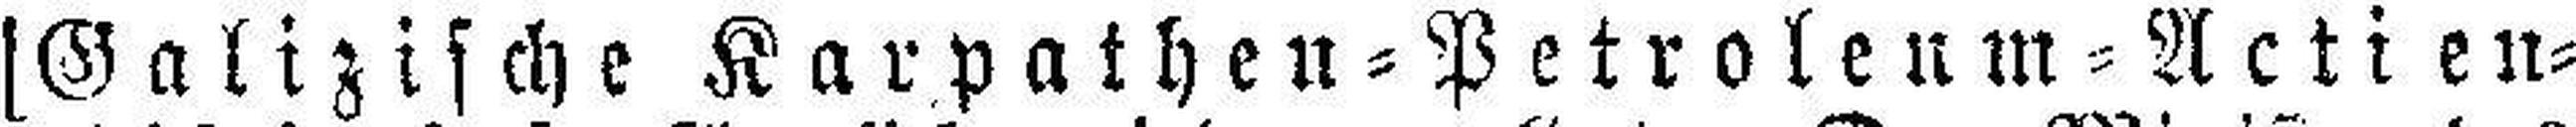
[Galizische Karpathen=Petroleum=Actien=